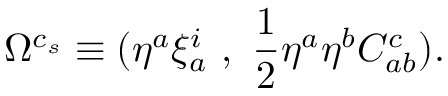
\Omega ^ { c _ { s } } \equiv ( \eta ^ { a } \xi _ { a } ^ { i } ~ , ~ { \frac { 1 } { 2 } } \eta ^ { a } \eta ^ { b } C _ { a b } ^ { c } ) .